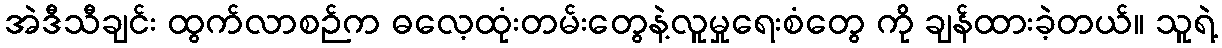
အဲဒီသီချင်း ထွက်လာစဉ်က ဓလေ့ထုံးတမ်းတွေနဲ့လူမှုရေးစံတွေ ကို ချန်ထားခဲ့တယ်။ သူရဲ့